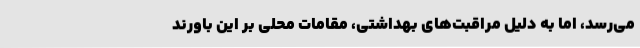
می‌رسد، اما به دلیل مراقبت‌های بهداشتی، مقامات محلی بر این باورند